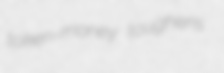
token-money toughens